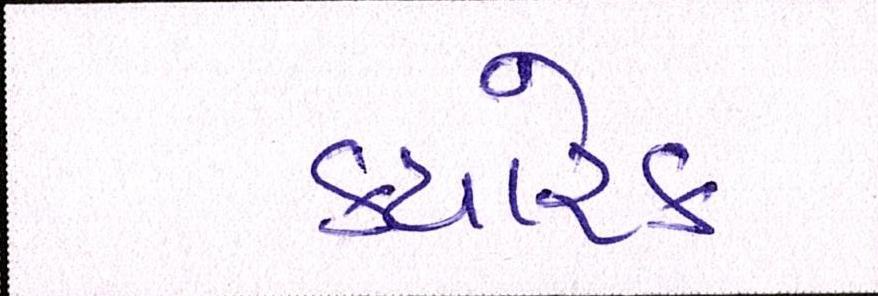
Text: ક્યારેક